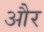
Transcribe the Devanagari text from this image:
और